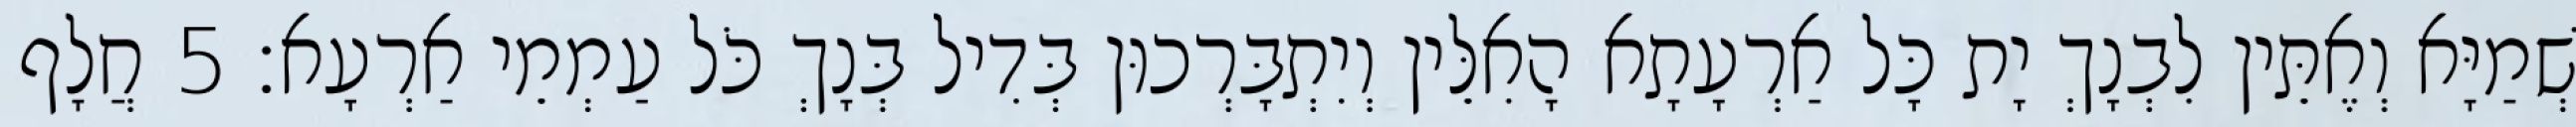
שְׁמַיָּא וְאֶתֵּין לִבְנָךְ יָת כָּל אַרְעָתָא הָאִלֵּין וְיִתְבָּרְכוּן בְּדִיל בְּנָךְ כֹּל עַמְמֵי אַרְעָא׃ 5 חֲלָף